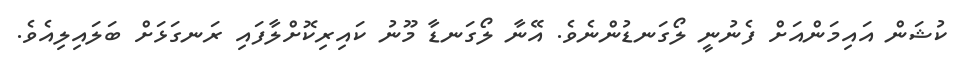
ކުޝަން އައިމަންއަށް ފެނުނީ ލޯގަނޑުންނެވެ. އޭނާ ލޯގަނޑާ މޫނު ކައިރިކޮށްލާފައި ރަނގަޅަށް ބަލައިލިއެވެ.